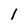
Character: 1